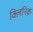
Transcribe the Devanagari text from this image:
क्लिनिक़